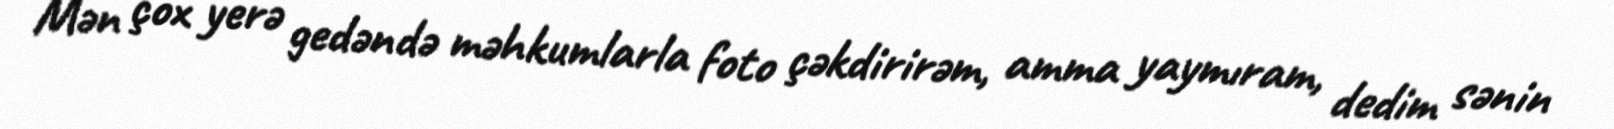
Mən çox yerə gedəndə məhkumlarla foto çəkdirirəm, amma yaymıram, dedim sənin